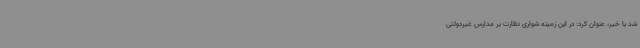
شد یا خیر، عنوان کرد: در این زمینه شواری نظارت بر مدارس غیردولتی